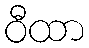
ဝီထာ